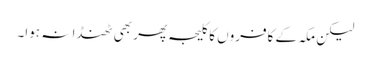
لیکن مکہ کے کافروں کا کلیجہ پھر بھی ٹھنڈا نہ ہوا۔